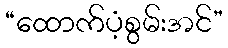
“ထောက်ပံ့စွမ်းအင်”